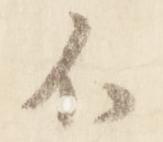
不